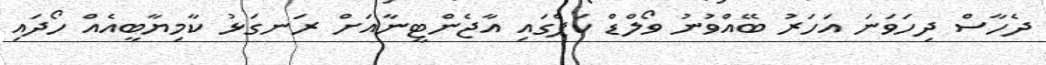
ދެހާސް ދިހަވަނަ އަހަރު ބޭއްވުނު ވޯލްޑް ކަޕްގައި އާޖެންޓީނާއަށް ރަނގަޅު ކާމިޔާބީއެއް ހޯދައި